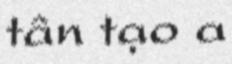
tân tạo a